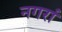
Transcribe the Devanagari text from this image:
नगरां